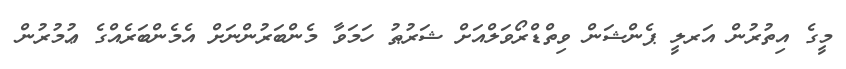
މީގެ އިތުރުން އަރލީ ޕެންޝަން ވިތްޑްރޯވަލްއަށް ޝަރުޠު ހަމަވާ މެންބަރުންނަށް އެމެންބަރެއްގެ ޢުމުރުން